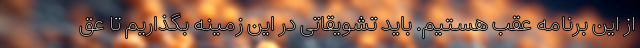
از این برنامه عقب هستیم. باید تشویقاتی در این زمینه بگذاریم تا عق